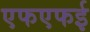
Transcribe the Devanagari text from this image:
एफएफई